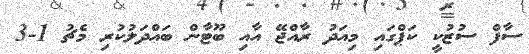
ސާފް ސުޒުކީ ކަޕްގައި މިއަދު ރާއްޖޭ އާއި ބޫޓާން ބައްދަލުކުރި މެޗު 1-3